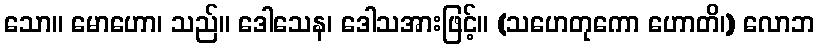
သော။ မောဟော၊ သည်။ ဒေါသေန၊ ဒေါသအားဖြင့်။ (သဟေတုကော ဟောတိ၊) လောဘ